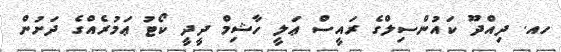
ހއ. ދިއްދޫ ކައުންސިލްގެ ރައީސް ޢަލީ ހާޝިމް ދީދީ ކޯޓު ޢަމުރެއްގެ ދަށުން